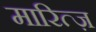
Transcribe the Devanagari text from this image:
मारित्ज़